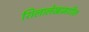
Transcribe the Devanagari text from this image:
शिलालेखामधील